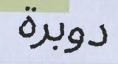
دوبرة